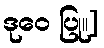
ဒုဝေ ပြု။]